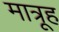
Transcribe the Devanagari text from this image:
मात्रूह